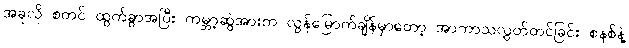
အခုလို စတင် ထွက်ခွာအပြီး ကမ္ဘာ့ဆွဲအားက လွန်မြောက်ချိန်မှာတော့ အာကာသလွှတ်တင်ခြင်း စနစ်နဲ့